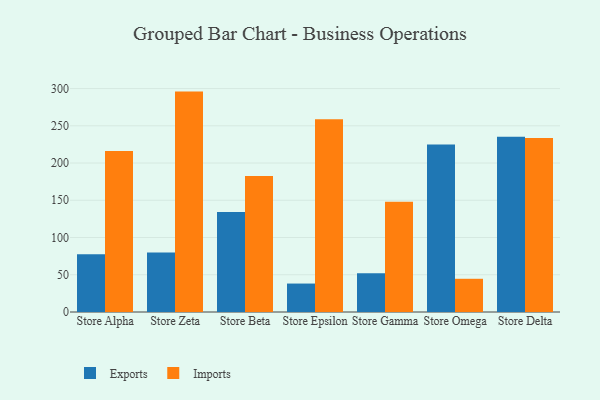
{"axis": {"x": "Store", "y": "Humidity (%)"}, "legend": ["Exports", "Imports"], "data": [{"x": "Store Alpha", "y": 77.5, "type": "Exports"}, {"x": "Store Alpha", "y": 216.3, "type": "Imports"}, {"x": "Store Zeta", "y": 79.9, "type": "Exports"}, {"x": "Store Zeta", "y": 295.9, "type": "Imports"}, {"x": "Store Beta", "y": 134.3, "type": "Exports"}, {"x": "Store Beta", "y": 182.6, "type": "Imports"}, {"x": "Store Epsilon", "y": 38.2, "type": "Exports"}, {"x": "Store Epsilon", "y": 258.7, "type": "Imports"}, {"x": "Store Gamma", "y": 51.9, "type": "Exports"}, {"x": "Store Gamma", "y": 148.0, "type": "Imports"}, {"x": "Store Omega", "y": 224.8, "type": "Exports"}, {"x": "Store Omega", "y": 44.6, "type": "Imports"}, {"x": "Store Delta", "y": 235.4, "type": "Exports"}, {"x": "Store Delta", "y": 233.5, "type": "Imports"}]}